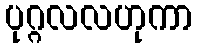
ပုဂ္ဂလလဟုကာ